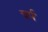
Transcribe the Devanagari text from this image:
चर्प